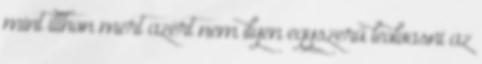
mint itthon mert azért nem ilyen egyszerű leolvasni az